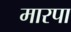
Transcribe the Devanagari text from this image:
मारपा